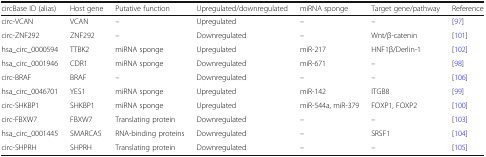
<table><thead><tr><td><b>circBase ID (alias)</b></td><td><b>Host gene</b></td><td><b>Putative function</b></td><td><b>Upregulated/downregulated</b></td><td><b>miRNA sponge</b></td><td><b>Target gene/pathway</b></td><td><b>Reference</b></td></tr></thead><tbody><tr><td>circ-VCAN</td><td>VCAN</td><td>–</td><td>Upregulated</td><td>–</td><td>–</td><td>[97]</td></tr><tr><td>circ-ZNF292</td><td>ZNF292</td><td>–</td><td>Downregulated</td><td>–</td><td>Wnt/β-catenin</td><td>[101]</td></tr><tr><td>hsa_circ_0000594</td><td>TTBK2</td><td>miRNA sponge</td><td>Upregulated</td><td>miR-217</td><td>HNF1β/Derlin-1</td><td>[102]</td></tr><tr><td>hsa_circ_0001946</td><td>CDR1</td><td>miRNA sponge</td><td>Downregulated</td><td>miR-671</td><td>–</td><td>[98]</td></tr><tr><td>circ-BRAF</td><td>BRAF</td><td>–</td><td>Downregulated</td><td>–</td><td>–</td><td>[106]</td></tr><tr><td>hsa_circ_0046701</td><td>YES1</td><td>miRNA sponge</td><td>Upregulated</td><td>miR-142</td><td>ITGB8</td><td>[99]</td></tr><tr><td>circ-SHKBP1</td><td>SHKBP1</td><td>miRNA sponge</td><td>Upregulated</td><td>miR-544a, miR-379</td><td>FOXP1, FOXP2</td><td>[100]</td></tr><tr><td>circ-FBXW7</td><td>FBXW7</td><td>Translating protein</td><td>Downregulated</td><td>–</td><td>–</td><td>[103]</td></tr><tr><td>hsa_circ_0001445</td><td>SMARCA5</td><td>RNA-binding proteins</td><td>Downregulated</td><td>–</td><td>SRSF1</td><td>[104]</td></tr><tr><td>circ-SHPRH</td><td>SHPRH</td><td>Translating protein</td><td>Downregulated</td><td>–</td><td>–</td><td>[105]</td></tr></tbody></table>